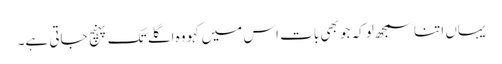
یہاں اتنا سمجھ لو کہ جو بھی بات اس میں کہو وہ اگلے تک پہنچ جاتی ہے۔